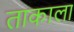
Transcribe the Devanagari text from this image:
ताकाला